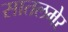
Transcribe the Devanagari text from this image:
सातलमेर